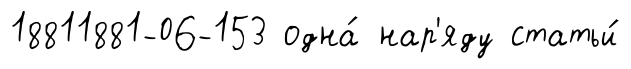
18811881-06-153 одна́ нар'яду статьи́